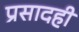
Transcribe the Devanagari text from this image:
प्रसादही